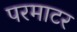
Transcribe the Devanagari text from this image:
परमाटर